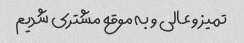
تمیز و عالی و به موقع مشتری شدیم